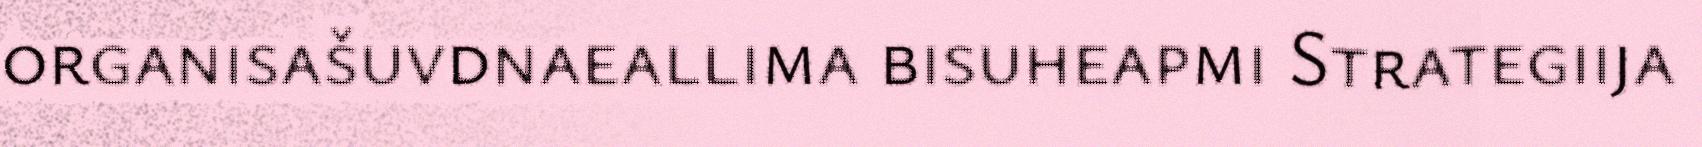
organisašuvdnaeallima bisuheapmi Strategiija